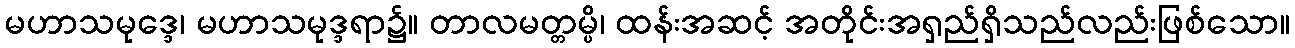
မဟာသမုဒ္ဒေ၊ မဟာသမုဒ္ဒရာ၌။ တာလမတ္တမ္ပိ၊ ထန်းအဆင့် အတိုင်းအရှည်ရှိသည်လည်းဖြစ်သော။